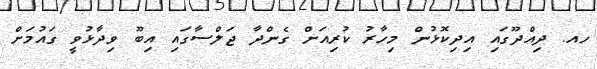
ހއ. ދިއްދޫގައި އިދިކޮޅުން މިހާރު ކުރިއަށް ގެންދާ ޖަލްސާގައި އިބޫ ވިދާޅުވީ ގައުމަށް